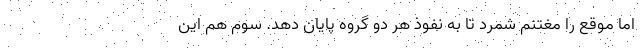
اما موقع را مغتنم شمرد تا به نفوذ هر دو گروه پایان دهد. سوم هم این